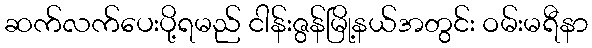
ဆက်လက်ပေးပို့ရမည် ငါန်းဇွန်မြို့နယ်အတွင်း ဝမ်းမရီနာ